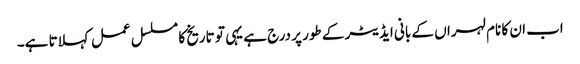
اب ان کا نام لہراں کے بانی ایڈیٹر کے طور پر درج ہے یہی تو تاریخ کا مسلسل عمل کہلاتا ہے۔